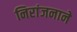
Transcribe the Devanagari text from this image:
निरांजनाने